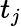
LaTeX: t_{j}